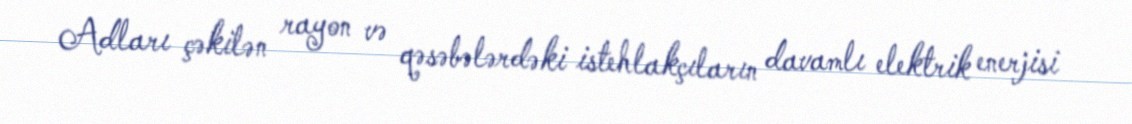
Adları çəkilən rayon və qəsəbələrdəki istehlakçıların davamlı elektrik enerjisi